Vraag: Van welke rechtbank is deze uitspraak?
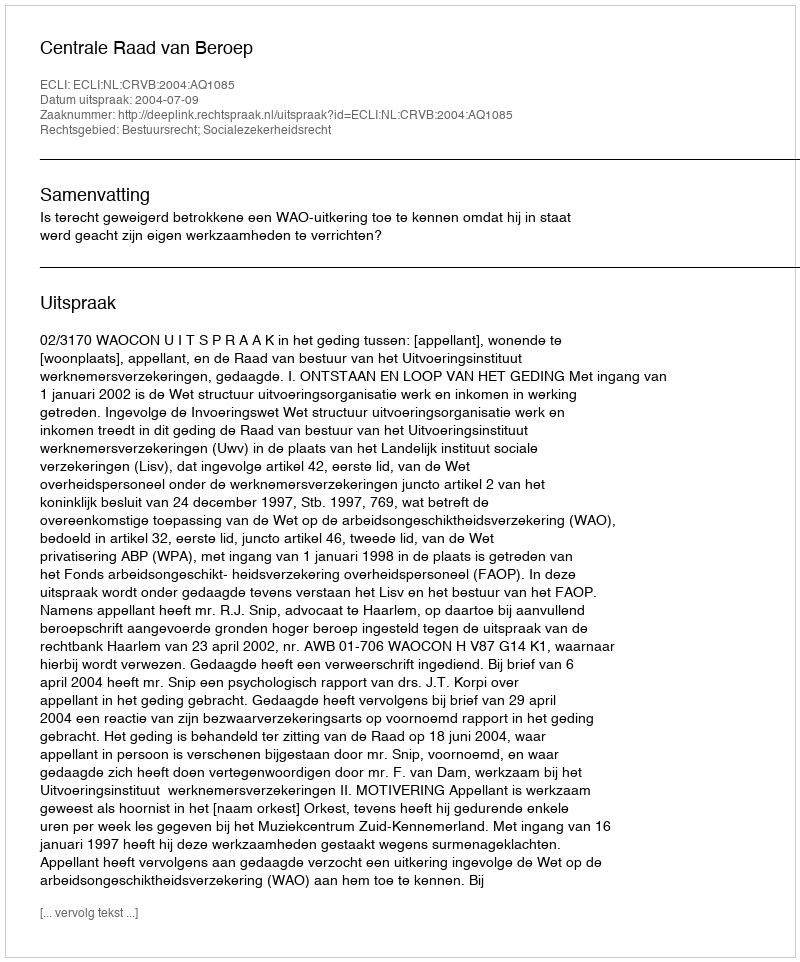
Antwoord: Centrale Raad van Beroep